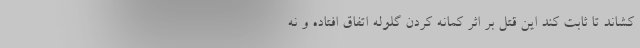
کشاند تا ثابت کند این قتل بر اثر کمانه کردن گلوله اتفاق افتاده و نه